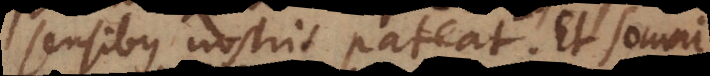
sensibus nostris pateat. Et somni